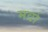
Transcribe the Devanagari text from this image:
मर्वा